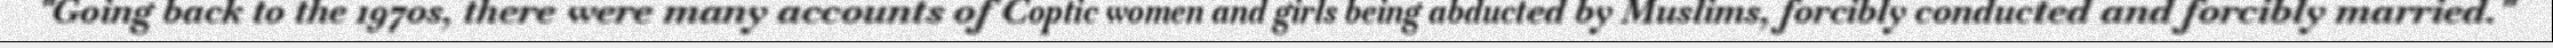
"Going back to the 1970s, there were many accounts of Coptic women and girls being abducted by Muslims, forcibly conducted and forcibly married."